Burma Government Medical School reports 1907-22
Year: 1907
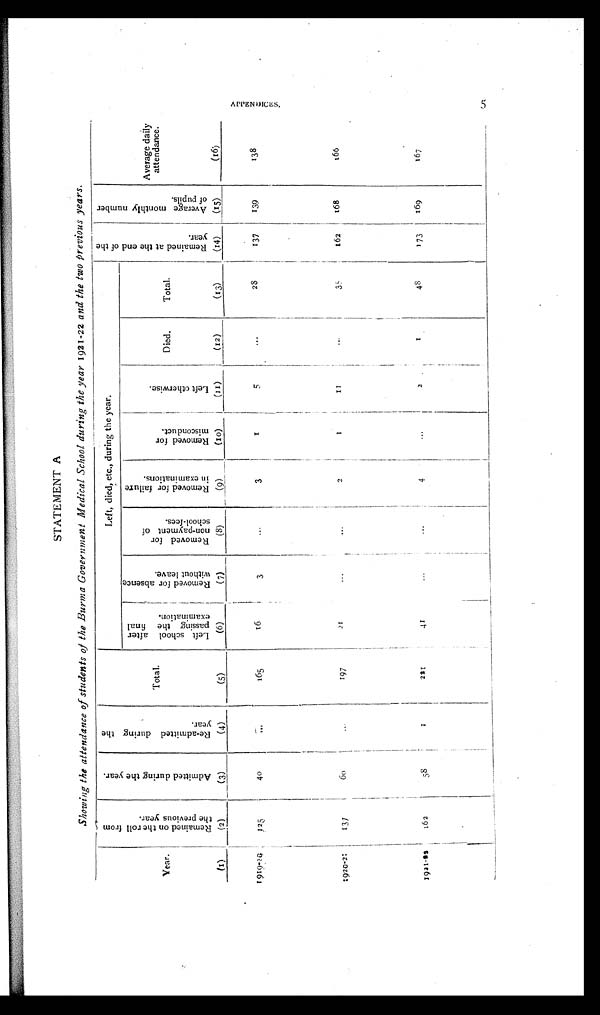
STATEMENT A
Showing the attendance of students of the Burma Government Medical School during the year 1921- 22 and the two previous years.
Year.
R e m a i n e d o n t h e r o l l f r o m t h e p r e v i o u s y e a r .
A d m i t t e d d u r i n g t h e y e a r .
R e - a d m i t t e d d u r i n g t h e y e a r .
Total.
Left, died, etc., during the year.
R e m a i n e d a t t h e e n d o f t h e y e a r .
A v e r a g e m o n t h l y n u m b e r o f p u p i l s .
Average daily
attendance.
L e f t s c h o o l a f t e r p a s s i n g t h e f i n a l e x a m i n a t i o n .
R e m o v e d f o r a b s e n c e w i t h o u t l e a v e .
R e m o v e d f o r n o n - p a y m e n t o f s c h o o l - f e e s .
R e m o v e d f o r f a i l u r e i n e x a m i n a t i o n s .
R e m o v e d f o r m i s c o n d u c t .
L e f t o t h e r w i s e
Died.
Total.
(I)
(2)
(3)
(4)
(5)
( 6 ) (7)
(8)
(9)
(10)
(11)
(12)
(13)
(14)
(15)
(16)
1919-20
1 2 5
40
. . .
165
16
3
. . .
3
1
5
...
2 8
137
139
138
1920-21137
6 0
...
197
21
...
...
2
1
1 1
. . .
35 162
168
166
1921-22
162
58
1
221
41
...
. . .
4
...
2
1
48
1 7 3
169
167
AP P E NDI C E S .
5